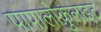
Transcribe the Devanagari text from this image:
पापालोक़ुलाइट